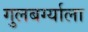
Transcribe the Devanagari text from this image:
गुलबर्ग्याला